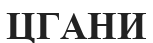
ЦГАНИ